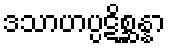
ဒသာဟပ္ပဋိစ္ဆန္နာ